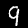
Digit: 9